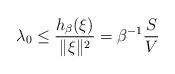
LaTeX: \begin{align*}\lambda_0\leq\frac{h_\beta(\xi)}{\|\xi\|^2}=\beta^{-1}\frac{S}{V}\end{align*}